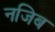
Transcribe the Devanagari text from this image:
नजिब